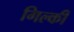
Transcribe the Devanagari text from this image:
गिल्की